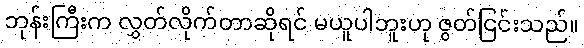
ဘုန်းကြီးက လွှတ်လိုက်တာဆိုရင် မယူပါဘူးဟု ဇွတ်ငြင်းသည်။